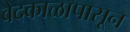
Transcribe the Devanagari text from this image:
वेदकाळापासून